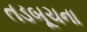
તડબૂચના